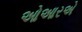
ઓઆરએ